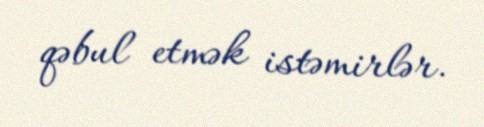
qəbul etmək istəmirlər.